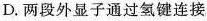
D. 两段外显子通过氢键连接